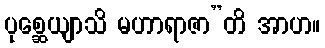
ပုစ္ဆေယျာသိ မဟာရာဇာ”တိ အာဟ။